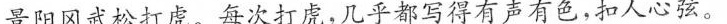
景阳冈武松打虏。每次打虏，几乎都写得有声有色，扣人心弦。